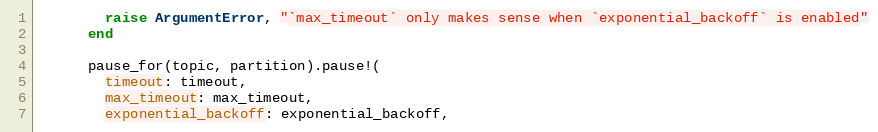
Language: Ruby
        raise ArgumentError, "`max_timeout` only makes sense when `exponential_backoff` is enabled"
      end

      pause_for(topic, partition).pause!(
        timeout: timeout,
        max_timeout: max_timeout,
        exponential_backoff: exponential_backoff,